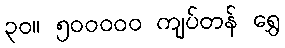
၃၀။ ၅၀၀၀၀၀ ကျပ်တန် ရွှေ